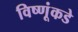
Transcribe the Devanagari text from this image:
विष्णूंकडे